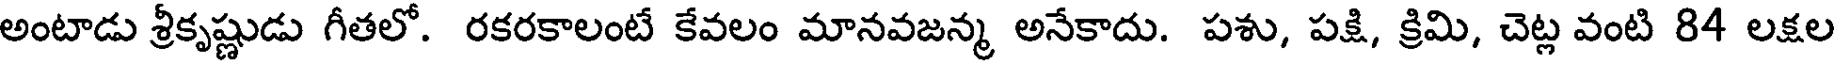
అంటాడు శ్రీకృష్ణుడు గీతలో. రకరకాలంటే కేవలం మానవజన్మ అనేకాదు. పశు, పక్షి, క్రిమి, చెట్ల వంటి 84 లక్షల